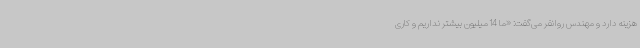
هزینه دارد و مهندس روانفر می‌گفت: «ما 14 میلیون بیشتر نداریم و کاری